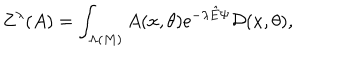
LaTeX: Z ^ { \lambda } ( A ) = \int _ { \Lambda ( M ) } A ( x , \theta ) \mathrm { e } ^ { - \lambda { \hat { E } } \Psi } { \cal D } ( x , \theta ) ,